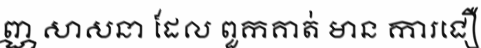
ញ្ណ សាសនា ដែល ពួកគាត់ មាន ការជឿ